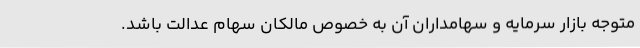
متوجه بازار سرمایه و سهامداران آن به خصوص مالکان سهام عدالت باشد.